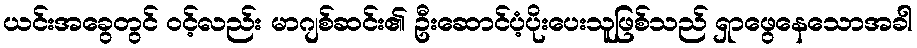
ယင်းအခွေတွင် ၀င့်လည်း မာဂျစ်ဆင်း၏ ဦးဆောင်ပံ့ပိုးပေးသူဖြစ်သည် ရှာဖွေနေသောအခါ